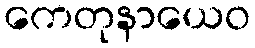
ကေတုနာယေဝ